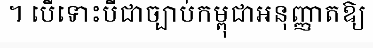
។ បើទោះបីជាច្បាប់កម្ពុជាអនុញ្ញាតឱ្យ